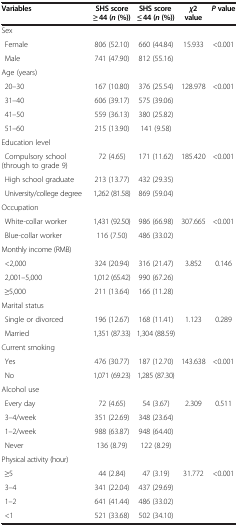
<table><thead><tr><td><b>Variables</b></td><td><b>SHS score ≥ 44 (<i>n </i>(%))</b></td><td><b>SHS score ≤ 44 (<i>n </i>(%))</b></td><td><b><i>χ </i>2 value</b></td><td><b><i>P </i>value</b></td></tr></thead><tbody><tr><td>Sex</td><td> </td><td> </td><td> </td><td> </td></tr><tr><td>Female</td><td>806 (52.10)</td><td>660 (44.84)</td><td rowspan="2">15.933</td><td rowspan="2">&lt;0.001</td></tr><tr><td>Male</td><td>741 (47.90)</td><td>812 (55.16)</td></tr><tr><td>Age (years)</td><td> </td><td> </td><td> </td><td> </td></tr><tr><td>20–30</td><td>167 (10.80)</td><td>376 (25.54)</td><td rowspan="4">128.978</td><td rowspan="4">&lt;0.001</td></tr><tr><td>31–40</td><td>606 (39.17)</td><td>575 (39.06)</td></tr><tr><td>41–50</td><td>559 (36.13)</td><td>380 (25.82)</td></tr><tr><td>51–60</td><td>215 (13.90)</td><td>141 (9.58)</td></tr><tr><td>Education level</td><td> </td><td> </td><td> </td><td> </td></tr><tr><td>Compulsory school (through to grade 9)</td><td>72 (4.65)</td><td>171 (11.62)</td><td rowspan="3">185.420</td><td rowspan="3">&lt;0.001</td></tr><tr><td>High school graduate</td><td>213 (13.77)</td><td>432 (29.35)</td></tr><tr><td>University/college degree</td><td>1,262 (81.58)</td><td>869 (59.04)</td></tr><tr><td>Occupation</td><td> </td><td> </td><td> </td><td> </td></tr><tr><td>White-collar worker</td><td>1,431 (92.50)</td><td>986 (66.98)</td><td rowspan="2">307.665</td><td rowspan="2">&lt;0.001</td></tr><tr><td>Blue-collar worker</td><td>116 (7.50)</td><td>486 (33.02)</td></tr><tr><td>Monthly income (RMB)</td><td> </td><td> </td><td> </td><td> </td></tr><tr><td>&lt;2,000</td><td>324 (20.94)</td><td>316 (21.47)</td><td rowspan="3">3.852</td><td rowspan="3">0.146</td></tr><tr><td>2,001–5,000</td><td>1,012 (65.42)</td><td>990 (67.26)</td></tr><tr><td>≥5,000</td><td>211 (13.64)</td><td>166 (11.28)</td></tr><tr><td>Marital status</td><td> </td><td> </td><td> </td><td> </td></tr><tr><td>Single or divorced</td><td>196 (12.67)</td><td>168 (11.41)</td><td rowspan="2">1.123</td><td rowspan="2">0.289</td></tr><tr><td>Married</td><td>1,351 (87.33)</td><td>1,304 (88.59)</td></tr><tr><td>Current smoking</td><td> </td><td> </td><td> </td><td> </td></tr><tr><td>Yes</td><td>476 (30.77)</td><td>187 (12.70)</td><td rowspan="2">143.638</td><td rowspan="2">&lt;0.001</td></tr><tr><td>No</td><td>1,071 (69.23)</td><td>1,285 (87.30)</td></tr><tr><td>Alcohol use</td><td> </td><td> </td><td> </td><td> </td></tr><tr><td>Every day</td><td>72 (4.65)</td><td>54 (3.67)</td><td rowspan="4">2.309</td><td rowspan="4">0.511</td></tr><tr><td>3–4/week</td><td>351 (22.69)</td><td>348 (23.64)</td></tr><tr><td>1–2/week</td><td>988 (63.87)</td><td>948 (64.40)</td></tr><tr><td>Never</td><td>136 (8.79)</td><td>122 (8.29)</td></tr><tr><td>Physical activity (hour)</td><td> </td><td> </td><td> </td><td> </td></tr><tr><td>≥5</td><td>44 (2.84)</td><td>47 (3.19)</td><td rowspan="3">31.772</td><td rowspan="3">&lt;0.001</td></tr><tr><td>3–4</td><td>341 (22.04)</td><td>437 (29.69)</td></tr><tr><td>1–2</td><td>641 (41.44)</td><td>486 (33.02)</td></tr><tr><td>&lt;1</td><td>521 (33.68)</td><td>502 (34.10)</td><td> </td><td> </td></tr></tbody></table>